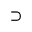
\supset